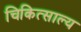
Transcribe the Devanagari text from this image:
चिकित्साल्य